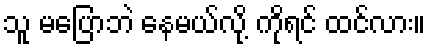
သူ မပြောဘဲ နေမယ်လို့ ကိုရင် ထင်လား။